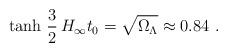
LaTeX: \begin{align*}\mathrm{tanh}\ \frac{3}{2}\, H_\infty t_0 = \sqrt{\Omega_\Lambda}\approx 0.84 \ . \end{align*}